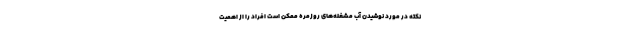
نکته در مورد نوشیدن آب مشغله‌های روزمره ممکن است افراد را از اهمیت